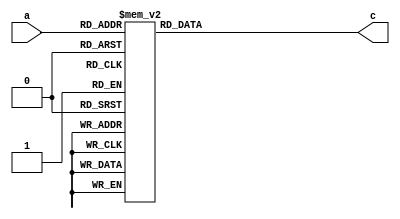
// This program was cloned from: https://github.com/ahegazy/aes
// License: MIT License

/*
*
*
* 
* Description: Substitute box Lookup table used in AES encryption/Decryption.
* Language: Verilog
*
*/
module s_box(input [7:0] a,output reg [7:0] c);

/* s_box */
  always @ ( * )
    case (a)
     8'h00: c=8'h63;
	   8'h01: c=8'h7c;
	   8'h02: c=8'h77;
	   8'h03: c=8'h7b;
	   8'h04: c=8'hf2;
	   8'h05: c=8'h6b;
	   8'h06: c=8'h6f;
	   8'h07: c=8'hc5;
	   8'h08: c=8'h30;
	   8'h09: c=8'h01;
	   8'h0a: c=8'h67;
	   8'h0b: c=8'h2b;
	   8'h0c: c=8'hfe;
	   8'h0d: c=8'hd7;
	   8'h0e: c=8'hab;
	   8'h0f: c=8'h76;
	   8'h10: c=8'hca;
	   8'h11: c=8'h82;
	   8'h12: c=8'hc9;
	   8'h13: c=8'h7d;
	   8'h14: c=8'hfa;
	   8'h15: c=8'h59;
	   8'h16: c=8'h47;
	   8'h17: c=8'hf0;
	   8'h18: c=8'had;
	   8'h19: c=8'hd4;
	   8'h1a: c=8'ha2;
	   8'h1b: c=8'haf;
	   8'h1c: c=8'h9c;
	   8'h1d: c=8'ha4;
	   8'h1e: c=8'h72;
	   8'h1f: c=8'hc0;
	   8'h20: c=8'hb7;
	   8'h21: c=8'hfd;
	   8'h22: c=8'h93;
	   8'h23: c=8'h26;
	   8'h24: c=8'h36;
	   8'h25: c=8'h3f;
	   8'h26: c=8'hf7;
	   8'h27: c=8'hcc;
	   8'h28: c=8'h34;
	   8'h29: c=8'ha5;
	   8'h2a: c=8'he5;
	   8'h2b: c=8'hf1;
	   8'h2c: c=8'h71;
	   8'h2d: c=8'hd8;
	   8'h2e: c=8'h31;
	   8'h2f: c=8'h15;
	   8'h30: c=8'h04;
	   8'h31: c=8'hc7;
	   8'h32: c=8'h23;
	   8'h33: c=8'hc3;
	   8'h34: c=8'h18;
	   8'h35: c=8'h96;
	   8'h36: c=8'h05;
	   8'h37: c=8'h9a;
	   8'h38: c=8'h07;
	   8'h39: c=8'h12;
	   8'h3a: c=8'h80;
	   8'h3b: c=8'he2;
	   8'h3c: c=8'heb;
	   8'h3d: c=8'h27;
	   8'h3e: c=8'hb2;
	   8'h3f: c=8'h75;
	   8'h40: c=8'h09;
	   8'h41: c=8'h83;
	   8'h42: c=8'h2c;
	   8'h43: c=8'h1a;
	   8'h44: c=8'h1b;
	   8'h45: c=8'h6e;
	   8'h46: c=8'h5a;
	   8'h47: c=8'ha0;
	   8'h48: c=8'h52;
	   8'h49: c=8'h3b;
	   8'h4a: c=8'hd6;
	   8'h4b: c=8'hb3;
	   8'h4c: c=8'h29;
	   8'h4d: c=8'he3;
	   8'h4e: c=8'h2f;
	   8'h4f: c=8'h84;
	   8'h50: c=8'h53;
	   8'h51: c=8'hd1;
	   8'h52: c=8'h00;
	   8'h53: c=8'hed;
	   8'h54: c=8'h20;
	   8'h55: c=8'hfc;
	   8'h56: c=8'hb1;
	   8'h57: c=8'h5b;
	   8'h58: c=8'h6a;
	   8'h59: c=8'hcb;
	   8'h5a: c=8'hbe;
	   8'h5b: c=8'h39;
	   8'h5c: c=8'h4a;
	   8'h5d: c=8'h4c;
	   8'h5e: c=8'h58;
	   8'h5f: c=8'hcf;
	   8'h60: c=8'hd0;
	   8'h61: c=8'hef;
	   8'h62: c=8'haa;
	   8'h63: c=8'hfb;
	   8'h64: c=8'h43;
	   8'h65: c=8'h4d;
	   8'h66: c=8'h33;
	   8'h67: c=8'h85;
	   8'h68: c=8'h45;
	   8'h69: c=8'hf9;
	   8'h6a: c=8'h02;
	   8'h6b: c=8'h7f;
	   8'h6c: c=8'h50;
	   8'h6d: c=8'h3c;
	   8'h6e: c=8'h9f;
	   8'h6f: c=8'ha8;
	   8'h70: c=8'h51;
	   8'h71: c=8'ha3;
	   8'h72: c=8'h40;
	   8'h73: c=8'h8f;
	   8'h74: c=8'h92;
	   8'h75: c=8'h9d;
	   8'h76: c=8'h38;
	   8'h77: c=8'hf5;
	   8'h78: c=8'hbc;
	   8'h79: c=8'hb6;
	   8'h7a: c=8'hda;
	   8'h7b: c=8'h21;
	   8'h7c: c=8'h10;
	   8'h7d: c=8'hff;
	   8'h7e: c=8'hf3;
	   8'h7f: c=8'hd2;
	   8'h80: c=8'hcd;
	   8'h81: c=8'h0c;
	   8'h82: c=8'h13;
	   8'h83: c=8'hec;
	   8'h84: c=8'h5f;
	   8'h85: c=8'h97;
	   8'h86: c=8'h44;
	   8'h87: c=8'h17;
	   8'h88: c=8'hc4;
	   8'h89: c=8'ha7;
	   8'h8a: c=8'h7e;
	   8'h8b: c=8'h3d;
	   8'h8c: c=8'h64;
	   8'h8d: c=8'h5d;
	   8'h8e: c=8'h19;
	   8'h8f: c=8'h73;
	   8'h90: c=8'h60;
	   8'h91: c=8'h81;
	   8'h92: c=8'h4f;
	   8'h93: c=8'hdc;
	   8'h94: c=8'h22;
	   8'h95: c=8'h2a;
	   8'h96: c=8'h90;
	   8'h97: c=8'h88;
	   8'h98: c=8'h46;
	   8'h99: c=8'hee;
	   8'h9a: c=8'hb8;
	   8'h9b: c=8'h14;
	   8'h9c: c=8'hde;
	   8'h9d: c=8'h5e;
	   8'h9e: c=8'h0b;
	   8'h9f: c=8'hdb;
	   8'ha0: c=8'he0;
	   8'ha1: c=8'h32;
	   8'ha2: c=8'h3a;
	   8'ha3: c=8'h0a;
	   8'ha4: c=8'h49;
	   8'ha5: c=8'h06;
	   8'ha6: c=8'h24;
	   8'ha7: c=8'h5c;
	   8'ha8: c=8'hc2;
	   8'ha9: c=8'hd3;
	   8'haa: c=8'hac;
	   8'hab: c=8'h62;
	   8'hac: c=8'h91;
	   8'had: c=8'h95;
	   8'hae: c=8'he4;
	   8'haf: c=8'h79;
	   8'hb0: c=8'he7;
	   8'hb1: c=8'hc8;
	   8'hb2: c=8'h37;
	   8'hb3: c=8'h6d;
	   8'hb4: c=8'h8d;
	   8'hb5: c=8'hd5;
	   8'hb6: c=8'h4e;
	   8'hb7: c=8'ha9;
	   8'hb8: c=8'h6c;
	   8'hb9: c=8'h56;
	   8'hba: c=8'hf4;
	   8'hbb: c=8'hea;
	   8'hbc: c=8'h65;
	   8'hbd: c=8'h7a;
	   8'hbe: c=8'hae;
	   8'hbf: c=8'h08;
	   8'hc0: c=8'hba;
	   8'hc1: c=8'h78;
	   8'hc2: c=8'h25;
	   8'hc3: c=8'h2e;
	   8'hc4: c=8'h1c;
	   8'hc5: c=8'ha6;
	   8'hc6: c=8'hb4;
	   8'hc7: c=8'hc6;
	   8'hc8: c=8'he8;
	   8'hc9: c=8'hdd;
	   8'hca: c=8'h74;
	   8'hcb: c=8'h1f;
	   8'hcc: c=8'h4b;
	   8'hcd: c=8'hbd;
	   8'hce: c=8'h8b;
	   8'hcf: c=8'h8a;
	   8'hd0: c=8'h70;
	   8'hd1: c=8'h3e;
	   8'hd2: c=8'hb5;
	   8'hd3: c=8'h66;
	   8'hd4: c=8'h48;
	   8'hd5: c=8'h03;
	   8'hd6: c=8'hf6;
	   8'hd7: c=8'h0e;
	   8'hd8: c=8'h61;
	   8'hd9: c=8'h35;
	   8'hda: c=8'h57;
	   8'hdb: c=8'hb9;
	   8'hdc: c=8'h86;
	   8'hdd: c=8'hc1;
	   8'hde: c=8'h1d;
	   8'hdf: c=8'h9e;
	   8'he0: c=8'he1;
	   8'he1: c=8'hf8;
	   8'he2: c=8'h98;
	   8'he3: c=8'h11;
	   8'he4: c=8'h69;
	   8'he5: c=8'hd9;
	   8'he6: c=8'h8e;
	   8'he7: c=8'h94;
	   8'he8: c=8'h9b;
	   8'he9: c=8'h1e;
	   8'hea: c=8'h87;
	   8'heb: c=8'he9;
	   8'hec: c=8'hce;
	   8'hed: c=8'h55;
	   8'hee: c=8'h28;
	   8'hef: c=8'hdf;
	   8'hf0: c=8'h8c;
	   8'hf1: c=8'ha1;
	   8'hf2: c=8'h89;
	   8'hf3: c=8'h0d;
	   8'hf4: c=8'hbf;
	   8'hf5: c=8'he6;
	   8'hf6: c=8'h42;
	   8'hf7: c=8'h68;
	   8'hf8: c=8'h41;
	   8'hf9: c=8'h99;
	   8'hfa: c=8'h2d;
	   8'hfb: c=8'h0f;
	   8'hfc: c=8'hb0;
	   8'hfd: c=8'h54;
	   8'hfe: c=8'hbb;
	   8'hff: c=8'h16;
	endcase
endmodule